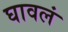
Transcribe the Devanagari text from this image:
घावलं